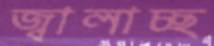
জ্বালাচ্ছ